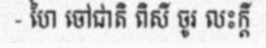
- ហៃ ចៅជាតិ ពិសី ចូរ លះក្តី